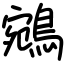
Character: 鵷